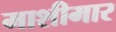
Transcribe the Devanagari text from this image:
माशीमार